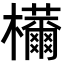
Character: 𣠝